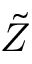
\tilde { Z }